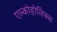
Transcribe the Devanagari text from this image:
एल्कोहोलिक्स